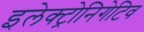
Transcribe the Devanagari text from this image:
इलेक्ट्रोनिगेटिव